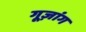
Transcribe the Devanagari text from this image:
गूज़ांग